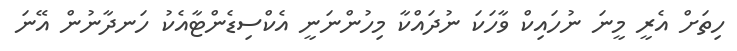
ހިތަށް އެރީ މީނަ ނުހައިކް ވާހަކަ ނުދައްކާ މިހުންނަނީ އެކްސިޑެންޓާއެކު ހަނދާނުން އޭނަ